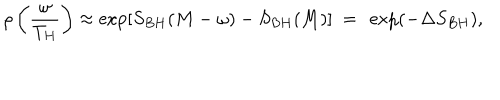
\rho \left( \frac { \omega } { T _ { H } } \right) \approx \exp \left[ S _ { B H } ( M - \omega ) - S _ { B H } ( M ) \right] ~ = ~ \exp ( - \Delta S _ { B H } ) ,